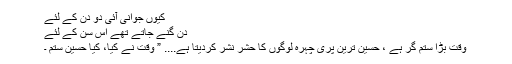
کیوں جوانی آئی دو دن کے لئے
دن گنے جاتے تھے اس سن کے لئے
وقت بڑا ستم گر ہے ، حسین ترین پری چہرہ لوگوں کا حشر نشر کردیتا ہے.... ” وقت نے کیا، کیا حسین ستم ۔